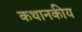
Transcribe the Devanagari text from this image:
कथानकीय